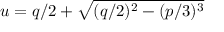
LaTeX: u = q / 2 + { \sqrt { ( q / 2 ) ^ { 2 } - ( p / 3 ) ^ { 3 } } }